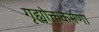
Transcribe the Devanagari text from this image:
गृह्योक्तकर्मणा